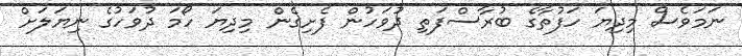
ނަމަވެސް މިދިޔަ ހަފުތާގެ ބުރާސްފަތި ދުވަހުން ފެށިގެން މިދިޔަ ހޯމަ ދުވަހުގެ ނިޔަލަށް